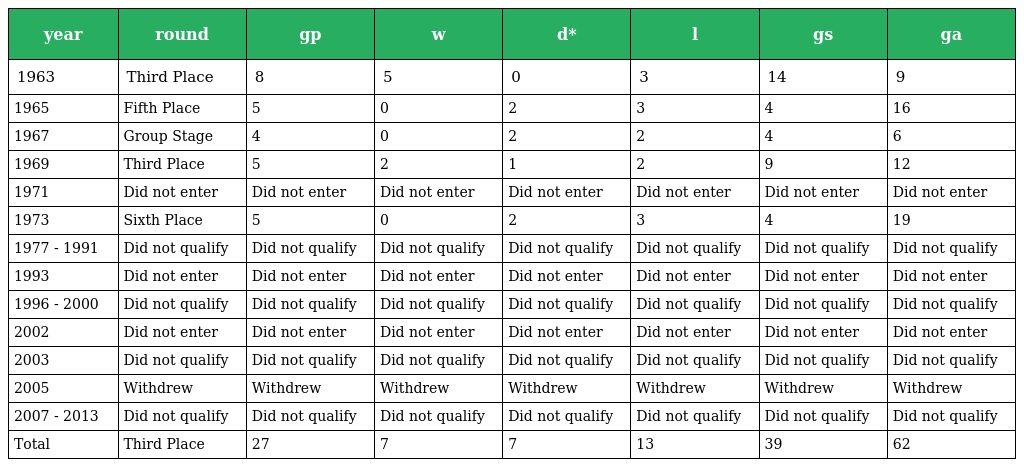
| year | round | gp | w | d* | l | gs | ga |
 | --- | --- | --- | --- | --- | --- | --- | --- |
 | 1963 | Third Place | 8 | 5 | 0 | 3 | 14 | 9 |
 | 1965 | Fifth Place | 5 | 0 | 2 | 3 | 4 | 16 |
 | 1967 | Group Stage | 4 | 0 | 2 | 2 | 4 | 6 |
 | 1969 | Third Place | 5 | 2 | 1 | 2 | 9 | 12 |
 | 1971 | Did not enter | Did not enter | Did not enter | Did not enter | Did not enter | Did not enter | Did not enter |
 | 1973 | Sixth Place | 5 | 0 | 2 | 3 | 4 | 19 |
 | 1977 - 1991 | Did not qualify | Did not qualify | Did not qualify | Did not qualify | Did not qualify | Did not qualify | Did not qualify |
 | 1993 | Did not enter | Did not enter | Did not enter | Did not enter | Did not enter | Did not enter | Did not enter |
 | 1996 - 2000 | Did not qualify | Did not qualify | Did not qualify | Did not qualify | Did not qualify | Did not qualify | Did not qualify |
 | 2002 | Did not enter | Did not enter | Did not enter | Did not enter | Did not enter | Did not enter | Did not enter |
 | 2003 | Did not qualify | Did not qualify | Did not qualify | Did not qualify | Did not qualify | Did not qualify | Did not qualify |
 | 2005 | Withdrew | Withdrew | Withdrew | Withdrew | Withdrew | Withdrew | Withdrew |
 | 2007 - 2013 | Did not qualify | Did not qualify | Did not qualify | Did not qualify | Did not qualify | Did not qualify | Did not qualify |
 | Total | Third Place | 27 | 7 | 7 | 13 | 39 | 62 |